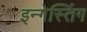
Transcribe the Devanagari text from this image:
इन्गेस्तिंग